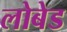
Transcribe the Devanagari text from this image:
लोबेड